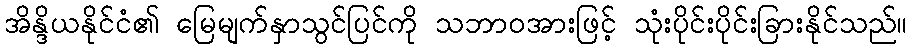
အိန္ဒိယနိုင်ငံ၏ မြေမျက်နှာသွင်ပြင်ကို သဘာဝအားဖြင့် သုံးပိုင်းပိုင်းခြားနိုင်သည်။